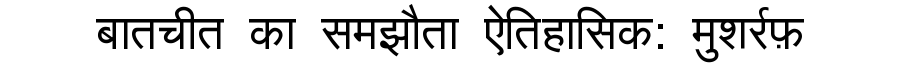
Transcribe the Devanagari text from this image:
बातचीत का समझौता ऐतिहासिक: मुशर्रफ़